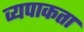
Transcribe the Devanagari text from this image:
व्यपाकता